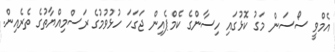
އެމްވީ ސޯސަން މަގު ކޮޅުގައި ހިސާންގެ ކެމްޕެއިން ޖަގަހަ ހުޅުވުމުގެ ރަސްމިއްޔާތުގެ ތެރެއިން.